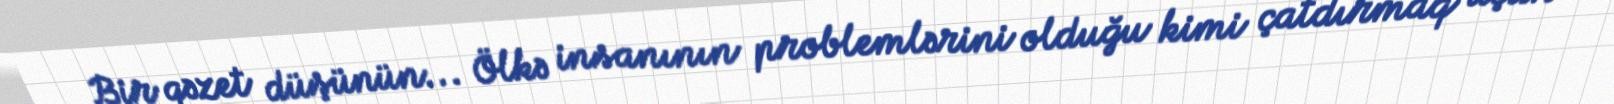
Bir qəzet düşünün... Ölkə insanının problemlərini olduğu kimi çatdırmaq üçün